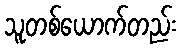
သူတစ်ယောက်တည်း